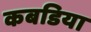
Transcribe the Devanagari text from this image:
कबडिया